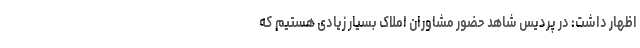
اظهار داشت: در پردیس شاهد حضور مشاوران املاک بسیار زیادی هستیم که